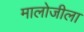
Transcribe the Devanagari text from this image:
मालोजीला